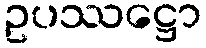
ဥပဿဋ္ဌော